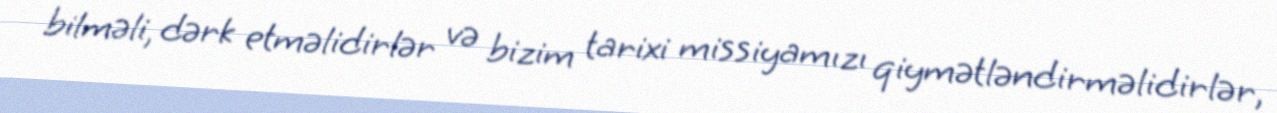
bilməli, dərk etməlidirlər və bizim tarixi missiyamızı qiymətləndirməlidirlər,